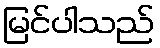
မြင်ပါသည်